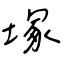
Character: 塚